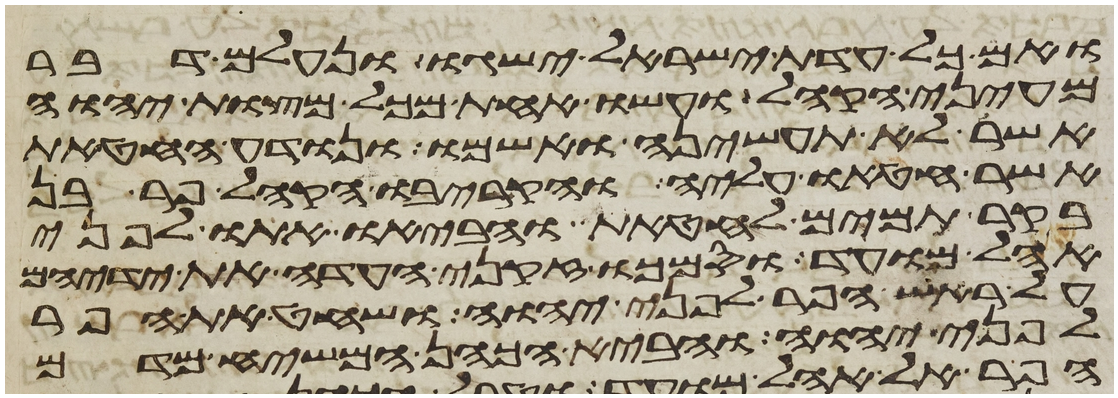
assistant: ואם כל עדת ישראל ישגו ונעלם דבר
מעיני הקהל ועשו אחת מכל מצות יהוה
אשר לא תעשיהן ואשמו ונודע החטאת
אשר חטאו עליה והקריבו הקהל פר בן
בקר תמים לחטאת והביאו אתו לפני
אהל מועד וסמכו זקני העדה את ידיהם
על ראש הפר לפני יהוה ושחט את הפר
לפני יהוה והביא הכהן המשיח מדם